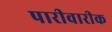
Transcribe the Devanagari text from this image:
पारीवारीक